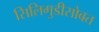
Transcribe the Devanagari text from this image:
सिलिगुडीसोबत